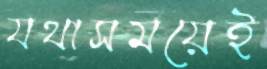
যথাসময়েই